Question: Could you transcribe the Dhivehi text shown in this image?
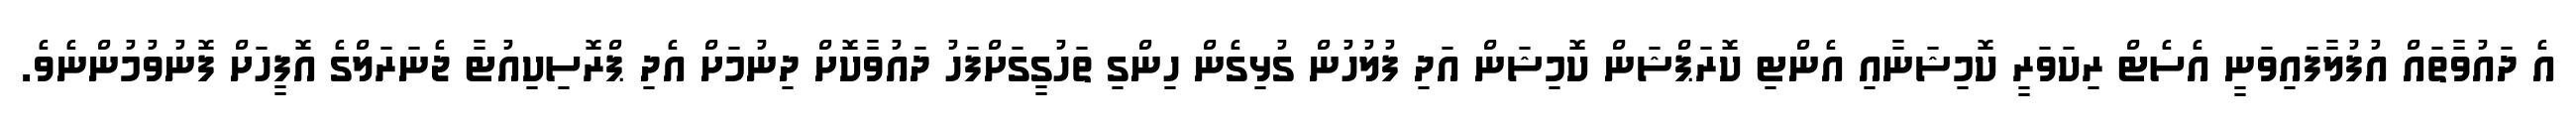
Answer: އެ ދައުވާތައް އުފުލާފައިވަނީ އެސެޓް ރިކަވަރީ ކޮމިޝަނާއި އެންޓި ކޮރަޕްޝަން ކޮމިޝަން އަދި ފުލުހުން ގުޅިގެން ހިންގި ތަހުގީގަށްފަހު ދައުވާކޮށް ދިނުމަށް އެދި ޕްރޮސިކިއުޓާ ޖެނަރަލްގެ އޮފީހަށް ފޮނުވުމުންނެވެ.